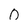
Character: 0